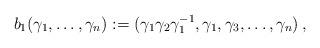
LaTeX: \begin{align*} b_1 (\gamma_1, \dots, \gamma_n) := (\gamma_1 \gamma_2 \gamma_1^{-1}, \gamma_1, \gamma_3, \dots, \gamma_n) \, ,\end{align*}